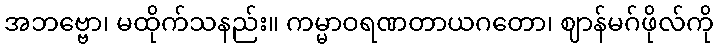
အဘဗ္ဗော၊ မထိုက်သနည်း။ ကမ္မာဝရဏတာယဂတော၊ ဈာန်မဂ်ဖိုလ်ကို